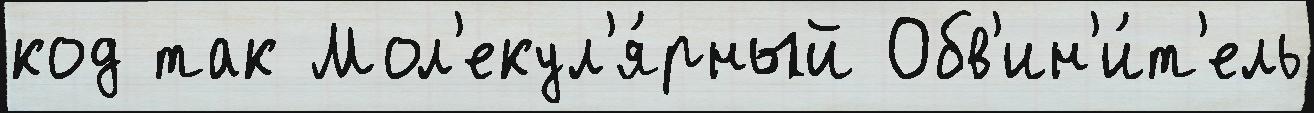
код так Мол'екул'я́рный Обв'ин'и́т'ель